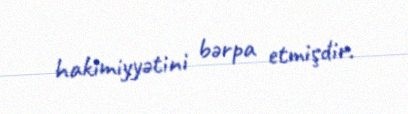
hakimiyyətini bərpa etmişdir.